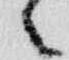
々